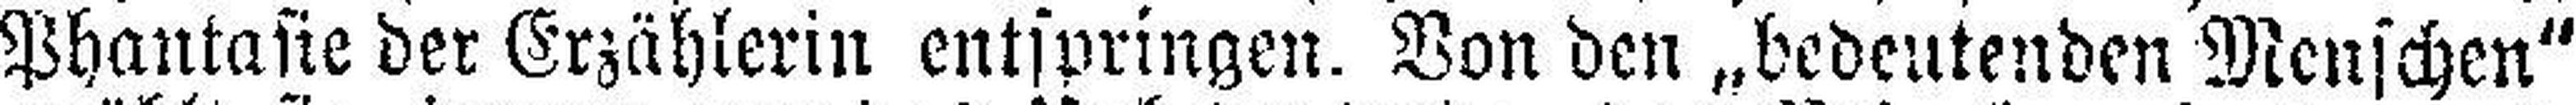
Phantasie der Erzählerin entspringen. Von den „bedeutenden Menschen“